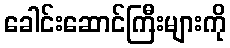
ခေါင်းဆောင်ကြီးများကို